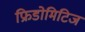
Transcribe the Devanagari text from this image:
फ्रिडोमिटिज